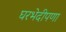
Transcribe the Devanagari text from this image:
घरभेदीपणा